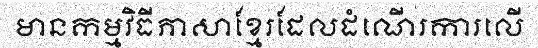
មានកម្មវិធីភាសាខ្មែរដែលដំណើរការលើ